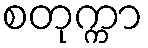
စတုက္ကာ